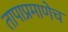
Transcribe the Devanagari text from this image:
तापाप्रमाणेच